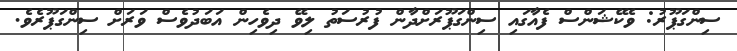
ސިންގަޕޫރު: ވެކޭޝަންސް ފެއާގައި ސިންގަޕޫރަށްދާން ފުރުސަތު ލިވޭ ދިވެހިން އަބަދުވެސް ވަރަށް ސިންގަޕޫރެވެ.